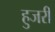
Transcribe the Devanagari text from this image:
हुजरी